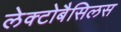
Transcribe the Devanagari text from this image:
लेक्टोबैसिलस